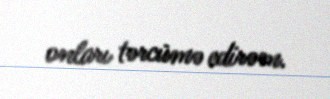
onları tərcümə edirəm.